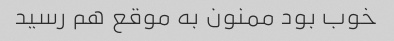
خوب بود ممنون به موقع هم رسید